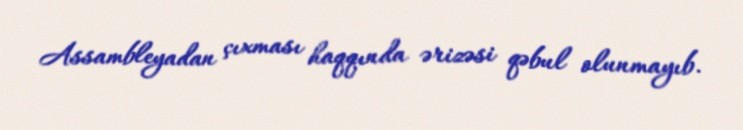
Assambleyadan çıxması haqqında ərizəsi qəbul olunmayıb.